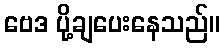
ဗေဒ ပို့ချပေးနေသည်။